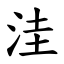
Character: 洼